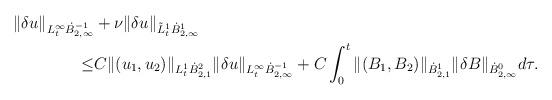
LaTeX: \begin{align*}\begin{aligned}\|\delta u\|_{L^\infty_{t}\dot{B}_{2,\infty}^{-1}}&+\nu\|\delta u\|_{\tilde{L}^1_{t}\dot{B}_{2,\infty}^1}\\\le& C\|(u_{1},u_{2})\|_{L^1_{t}\dot{B}_{2,1}^2}\|\delta u\|_{L^\infty_{t}\dot{B}_{2,\infty}^{-1}}+C\int_{0}^{t}\|(B_{1},B_{2})\|_{\dot{B}_{2,1}^1}\|\delta B\|_{\dot{B}_{2,\infty}^0}d\tau.\end{aligned}\end{align*}